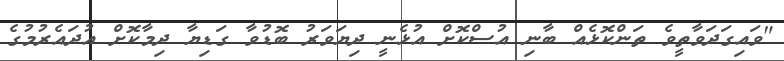
"ވައިގަދަވާތީވެ ތަންކޮޅެއް ބާނި އުސްކޮށް އުޅެނީ ދިޔަވަރު ބޮޑުވާ ގަޑިޔާ ދިމާކޮށް އުދައެރުމުގެ